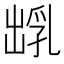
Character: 𪞺